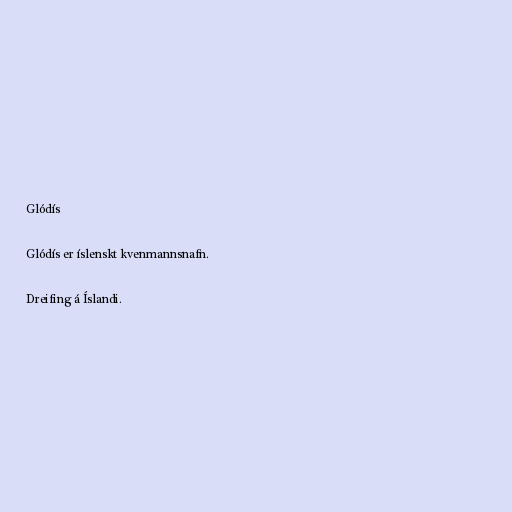
Glódís

Glódís er íslenskt kvenmannsnafn.

Dreifing á Íslandi.